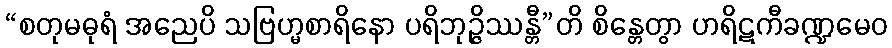
“စတုမဓုရံ အညေပိ သဗြဟ္မစာရိနော ပရိဘုဉ္ဇိဿန္တီ”တိ စိန္တေတွာ ဟရိဋကီခဏ္ဍမေဝ